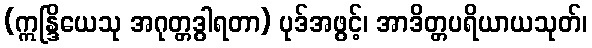
(ဣန္ဒြိယေသု အဂုတ္တဒွါရတာ) ပုဒ်အဖွင့်၊ အာဒိတ္တပရိယာယသုတ်၊